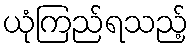
ယုံကြည်ရသည့်